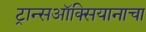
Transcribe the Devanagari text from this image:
ट्रान्सऑक्सियानाचा